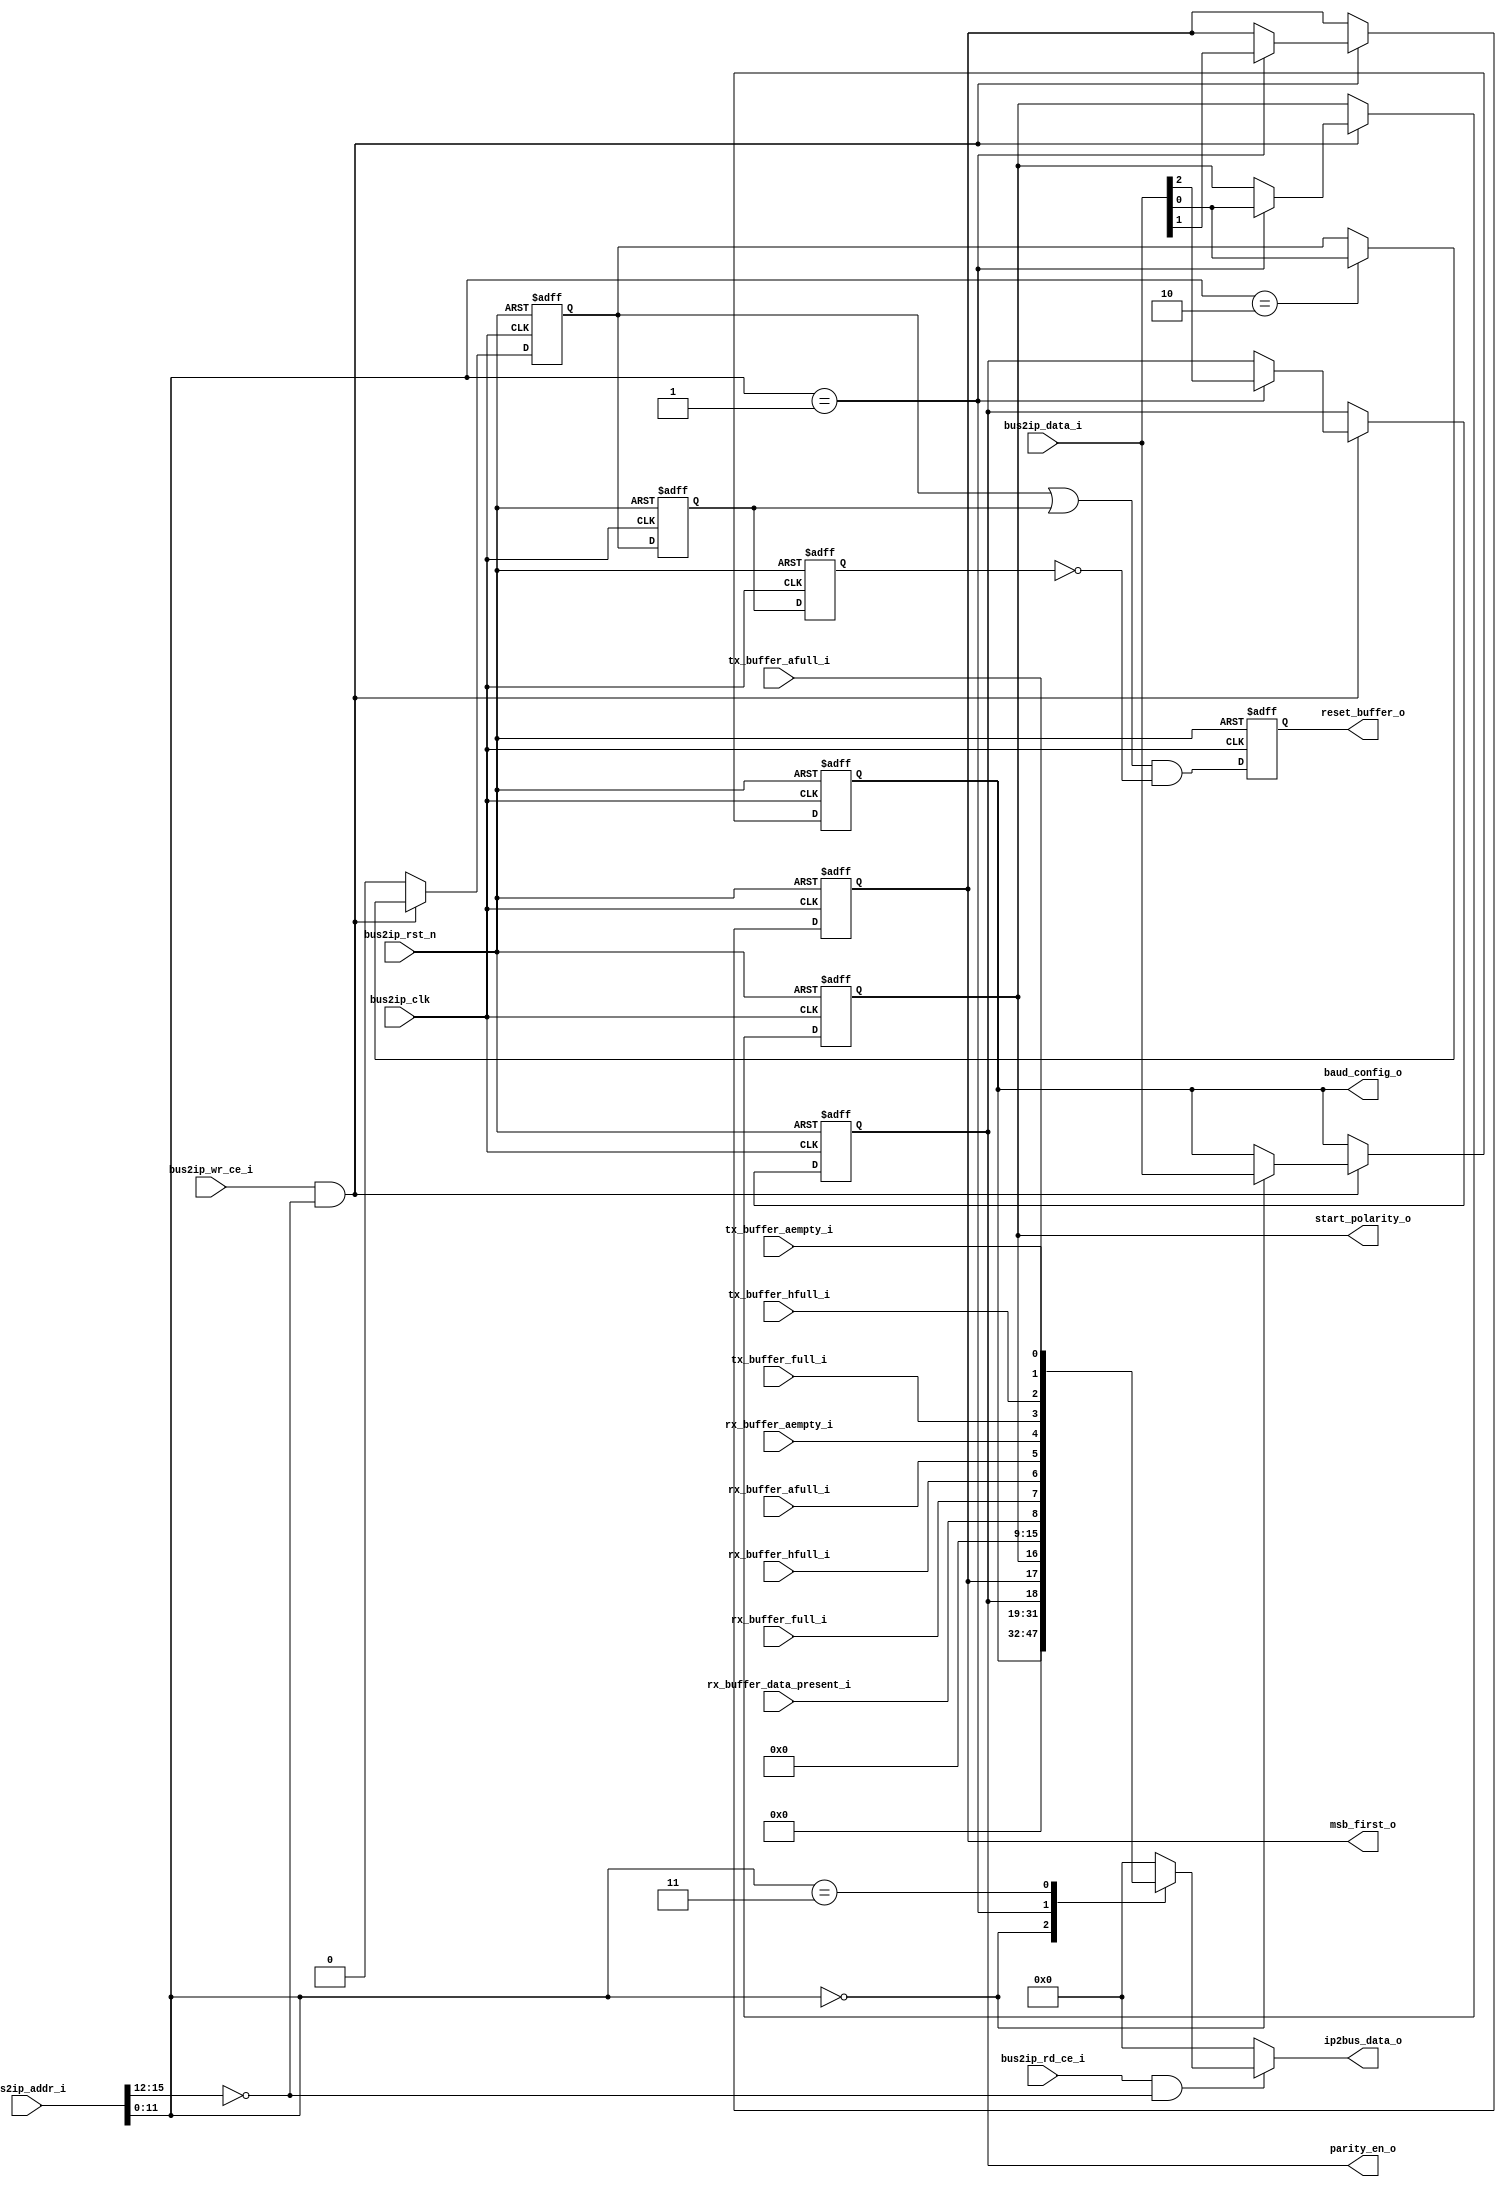
/*++
//  Description : uart configuration and status registers.
--*/

`timescale 1ns/10fs

module uart_regs(
  //on-chip bus interface
  input                bus2ip_clk      ,
  input                bus2ip_rst_n    ,
  input  [15:0]        bus2ip_addr_i   ,
  input  [15:0]        bus2ip_data_i   ,
  input                bus2ip_rd_ce_i  ,    //active high
  input                bus2ip_wr_ce_i  ,    //active high
  output reg [15:0]    ip2bus_data_o   ,

  //fifo status signals
  input                rx_buffer_data_present_i ,
  input                rx_buffer_full_i         ,
  input                rx_buffer_hfull_i    ,
  input                rx_buffer_afull_i  ,
  input                rx_buffer_aempty_i ,

  input                tx_buffer_full_i       ,
  input                tx_buffer_hfull_i  ,
  input                tx_buffer_afull_i,
  input                tx_buffer_aempty_i,

  //configurations
  output reg           parity_en_o         ,      //0: no parity; 1: has parity
  output reg           msb_first_o         ,      //0: lsb first; 1: msb first           
  output reg           start_polarity_o    ,      //0: low level start bit, high level stop bit; 1: high level start bit, low level stop bit;
  output reg           reset_buffer_o      ,      //reset uart fifo, active high
  output reg [15:0]    baud_config_o
);
  parameter BASEADDR = 4'h0;

  reg    reset_buffer, reset_buffer_d1, reset_buffer_d2;

  //bus read operation
  always @(*) begin
    ip2bus_data_o[15:0] = 16'h0;

    if(bus2ip_rd_ce_i == 1'b1 && bus2ip_addr_i[15:12] == BASEADDR) begin
      case(bus2ip_addr_i[11:0])
        12'h000:    ip2bus_data_o[15:0] = baud_config_o[15:0]; 
        12'h001:    ip2bus_data_o[15:0] = {13'b0, parity_en_o, msb_first_o, start_polarity_o};
        
        12'h003:    ip2bus_data_o[15:0] = {7'b0, rx_buffer_data_present_i, rx_buffer_full_i, rx_buffer_hfull_i,
	               rx_buffer_afull_i, rx_buffer_aempty_i,	tx_buffer_full_i, tx_buffer_hfull_i, 
		       tx_buffer_afull_i, tx_buffer_aempty_i};
        default:    ip2bus_data_o = 16'h0;
      endcase
    end
  end

  always @(posedge bus2ip_clk or negedge bus2ip_rst_n) begin
    if(!bus2ip_rst_n) begin
      baud_config_o[15:0] <= 16'd68;         //125MHz system clock, 115200 baud rate
      parity_en_o         <= 1'b0;
      msb_first_o         <= 1'b0;
      start_polarity_o    <= 1'b0;
      reset_buffer        <= 1'b0;
    end
    else if(bus2ip_wr_ce_i == 1'b1 && bus2ip_addr_i[15:12] == BASEADDR) begin
      case(bus2ip_addr_i[11:0])
        12'h000:   baud_config_o[15:0]        <= bus2ip_data_i[15:0];
        12'h001:   {parity_en_o, msb_first_o, start_polarity_o} <= bus2ip_data_i[2:0] ;
        12'h002:   reset_buffer               <= bus2ip_data_i[0]   ;
      endcase
    end
    else
      reset_buffer       <= 1'b0;
  end

  always @(posedge bus2ip_clk or negedge bus2ip_rst_n) begin
    if(!bus2ip_rst_n) begin
      {reset_buffer_d1, reset_buffer_d2} <= 2'b0;
      reset_buffer_o  <= 1'b0;
    end
    else begin
      {reset_buffer_d1, reset_buffer_d2} <= {reset_buffer, reset_buffer_d1};
      reset_buffer_o  <= (reset_buffer | reset_buffer_d1) & (~reset_buffer_d2);
    end
  end

endmodule